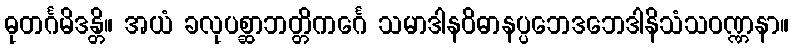
ဓုတင်္ဂမိဒန္တိ။ အယံ ခလုပစ္ဆာဘတ္တိကင်္ဂေ သမာဒါနဝိဓာနပ္ပဘေဒဘေဒါနိသံသဝဏ္ဏနာ။